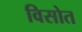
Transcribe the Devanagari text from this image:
विसोत